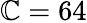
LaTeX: \mathbb{C}=64